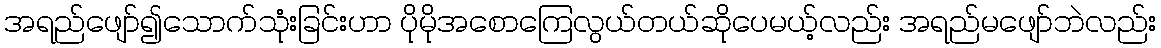
အရည်ဖျော်၍သောက်သုံးခြင်းဟာ ပိုမိုအစောကြေလွယ်တယ်ဆိုပေမယ့်လည်း အရည်မဖျော်ဘဲလည်း